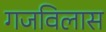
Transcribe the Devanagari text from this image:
गजविलास